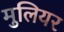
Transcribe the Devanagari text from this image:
मुलियर